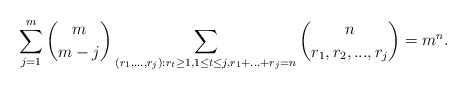
\begin{align*}\sum_{j=1}^m \binom{m}{m-j}\sum_{(r_1,...,r_j): r_t\ge 1, 1\le t\le j,r_1+...+r_j=n} \binom{n}{r_1, r_2, ... ,r_j}=m^n.\end{align*}